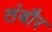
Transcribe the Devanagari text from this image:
तंबौर